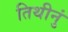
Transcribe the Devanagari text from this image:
तिथीनुं